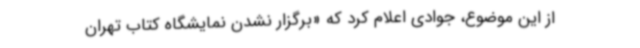
از این موضوع، جوادی اعلام کرد که «برگزار نشدن نمایشگاه کتاب تهران